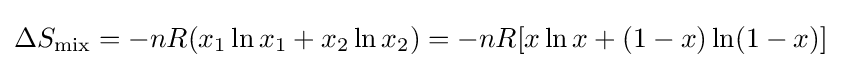
\Delta S_{\text{mix}}=-nR(x_{1}\ln x_{1}+x_{2}\ln x_{2})=-nR[x\ln x+(1-x)\ln(1-x)]